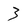
Character: 3